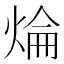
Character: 㷍